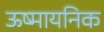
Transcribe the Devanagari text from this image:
ऊष्मायनिक